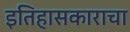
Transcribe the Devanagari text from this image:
इतिहासकाराचा